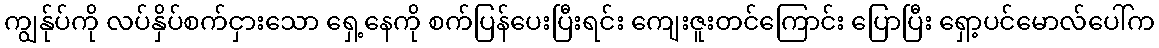
ကျွန်ုပ်ကို လပ်နှိပ်စက်ငှားသော ရှေ့နေကို စက်ပြန်ပေးပြီးရင်း ကျေးဇူးတင်ကြောင်း ပြောပြီး ရှော့ပင်မောလ်ပေါ်က